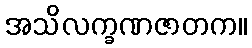
အသိလက္ခဏဇာတက။